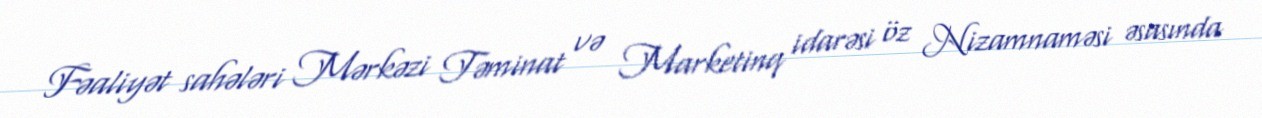
Fəaliyət sahələri Mərkəzi Təminat və Marketinq idarəsi öz Nizamnaməsi əsasında